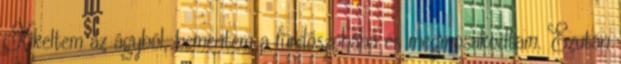
Kikeltem az ágyból, bementem a fürdőszobába és megmosakodtam. Ezután